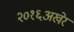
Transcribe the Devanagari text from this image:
२०१६अखेर